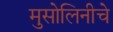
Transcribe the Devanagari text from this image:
मुसोलिनीचे